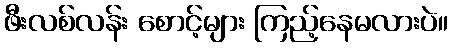
ဖီးလစ်လန်း စောင့်များ ကြည့်နေမလားပဲ။